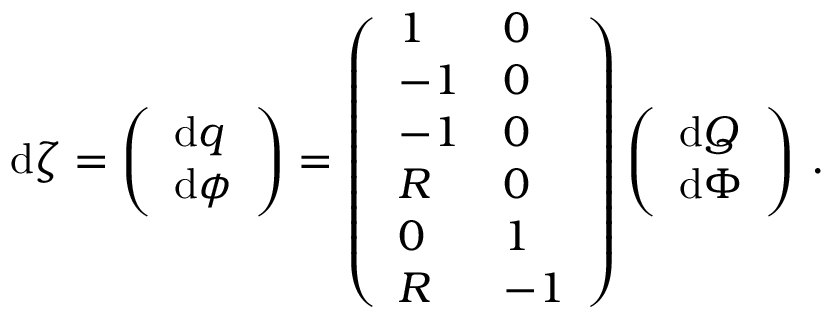
\begin{array} { r } { \mathrm { d } \boldsymbol { \zeta } = \left( \begin{array} { l } { \mathrm { d } \boldsymbol { q } } \\ { \mathrm { d } \boldsymbol { \phi } } \end{array} \right) = \left( \begin{array} { l l } { 1 } & { 0 } \\ { - 1 } & { 0 } \\ { - 1 } & { 0 } \\ { R } & { 0 } \\ { 0 } & { 1 } \\ { R } & { - 1 } \end{array} \right) \left( \begin{array} { l } { \mathrm { d } Q } \\ { \mathrm { d } \Phi } \end{array} \right) \, . } \end{array}